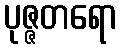
ပုဇ္ဇတရော